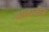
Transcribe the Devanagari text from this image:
चालावीत